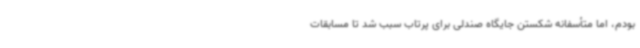
بودم، اما متأسفانه شکستن جایگاه صندلی برای پرتاب سبب شد تا مسابقات